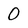
Character: 0